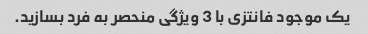
یک موجود فانتزی با 3 ویژگی منحصر به فرد بسازید.